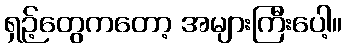
ရှဉ့်တွေကတော့ အများကြီးပေါ့။